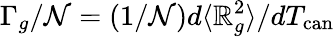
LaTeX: \Gamma_{g}/\mathcal{N}=(1/\mathcal{N})d\langle\mathbb{R}_{g}^{2}\rangle/dT_{\mathrm{{can}}}